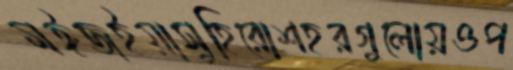
মঈজইয়াসুহিরোশহরগুলোয়ওপ